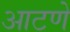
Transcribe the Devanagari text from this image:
आटणे